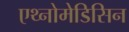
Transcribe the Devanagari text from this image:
एथ्नोमेडिसिन